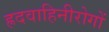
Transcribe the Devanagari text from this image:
ह्रदवाहिनीरोगों